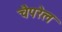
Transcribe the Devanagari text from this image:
चैपरेल